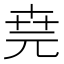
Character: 𠒖